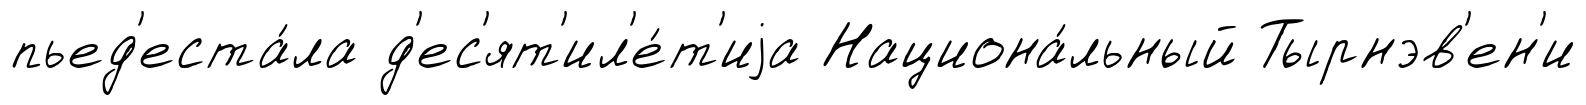
пьед'еста́ла д'ес'ят'ил'е́т'иjа Национа́льный Тырнэв'ен'и